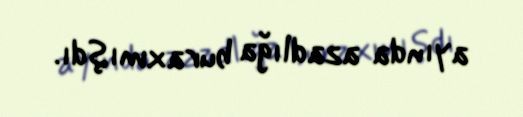
ayında azadlığa buraxmışdı.